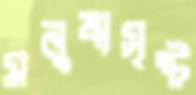
মনুষ্যসৃষ্ট